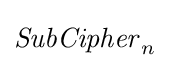
{\mathit {SubCipher}}_{n}